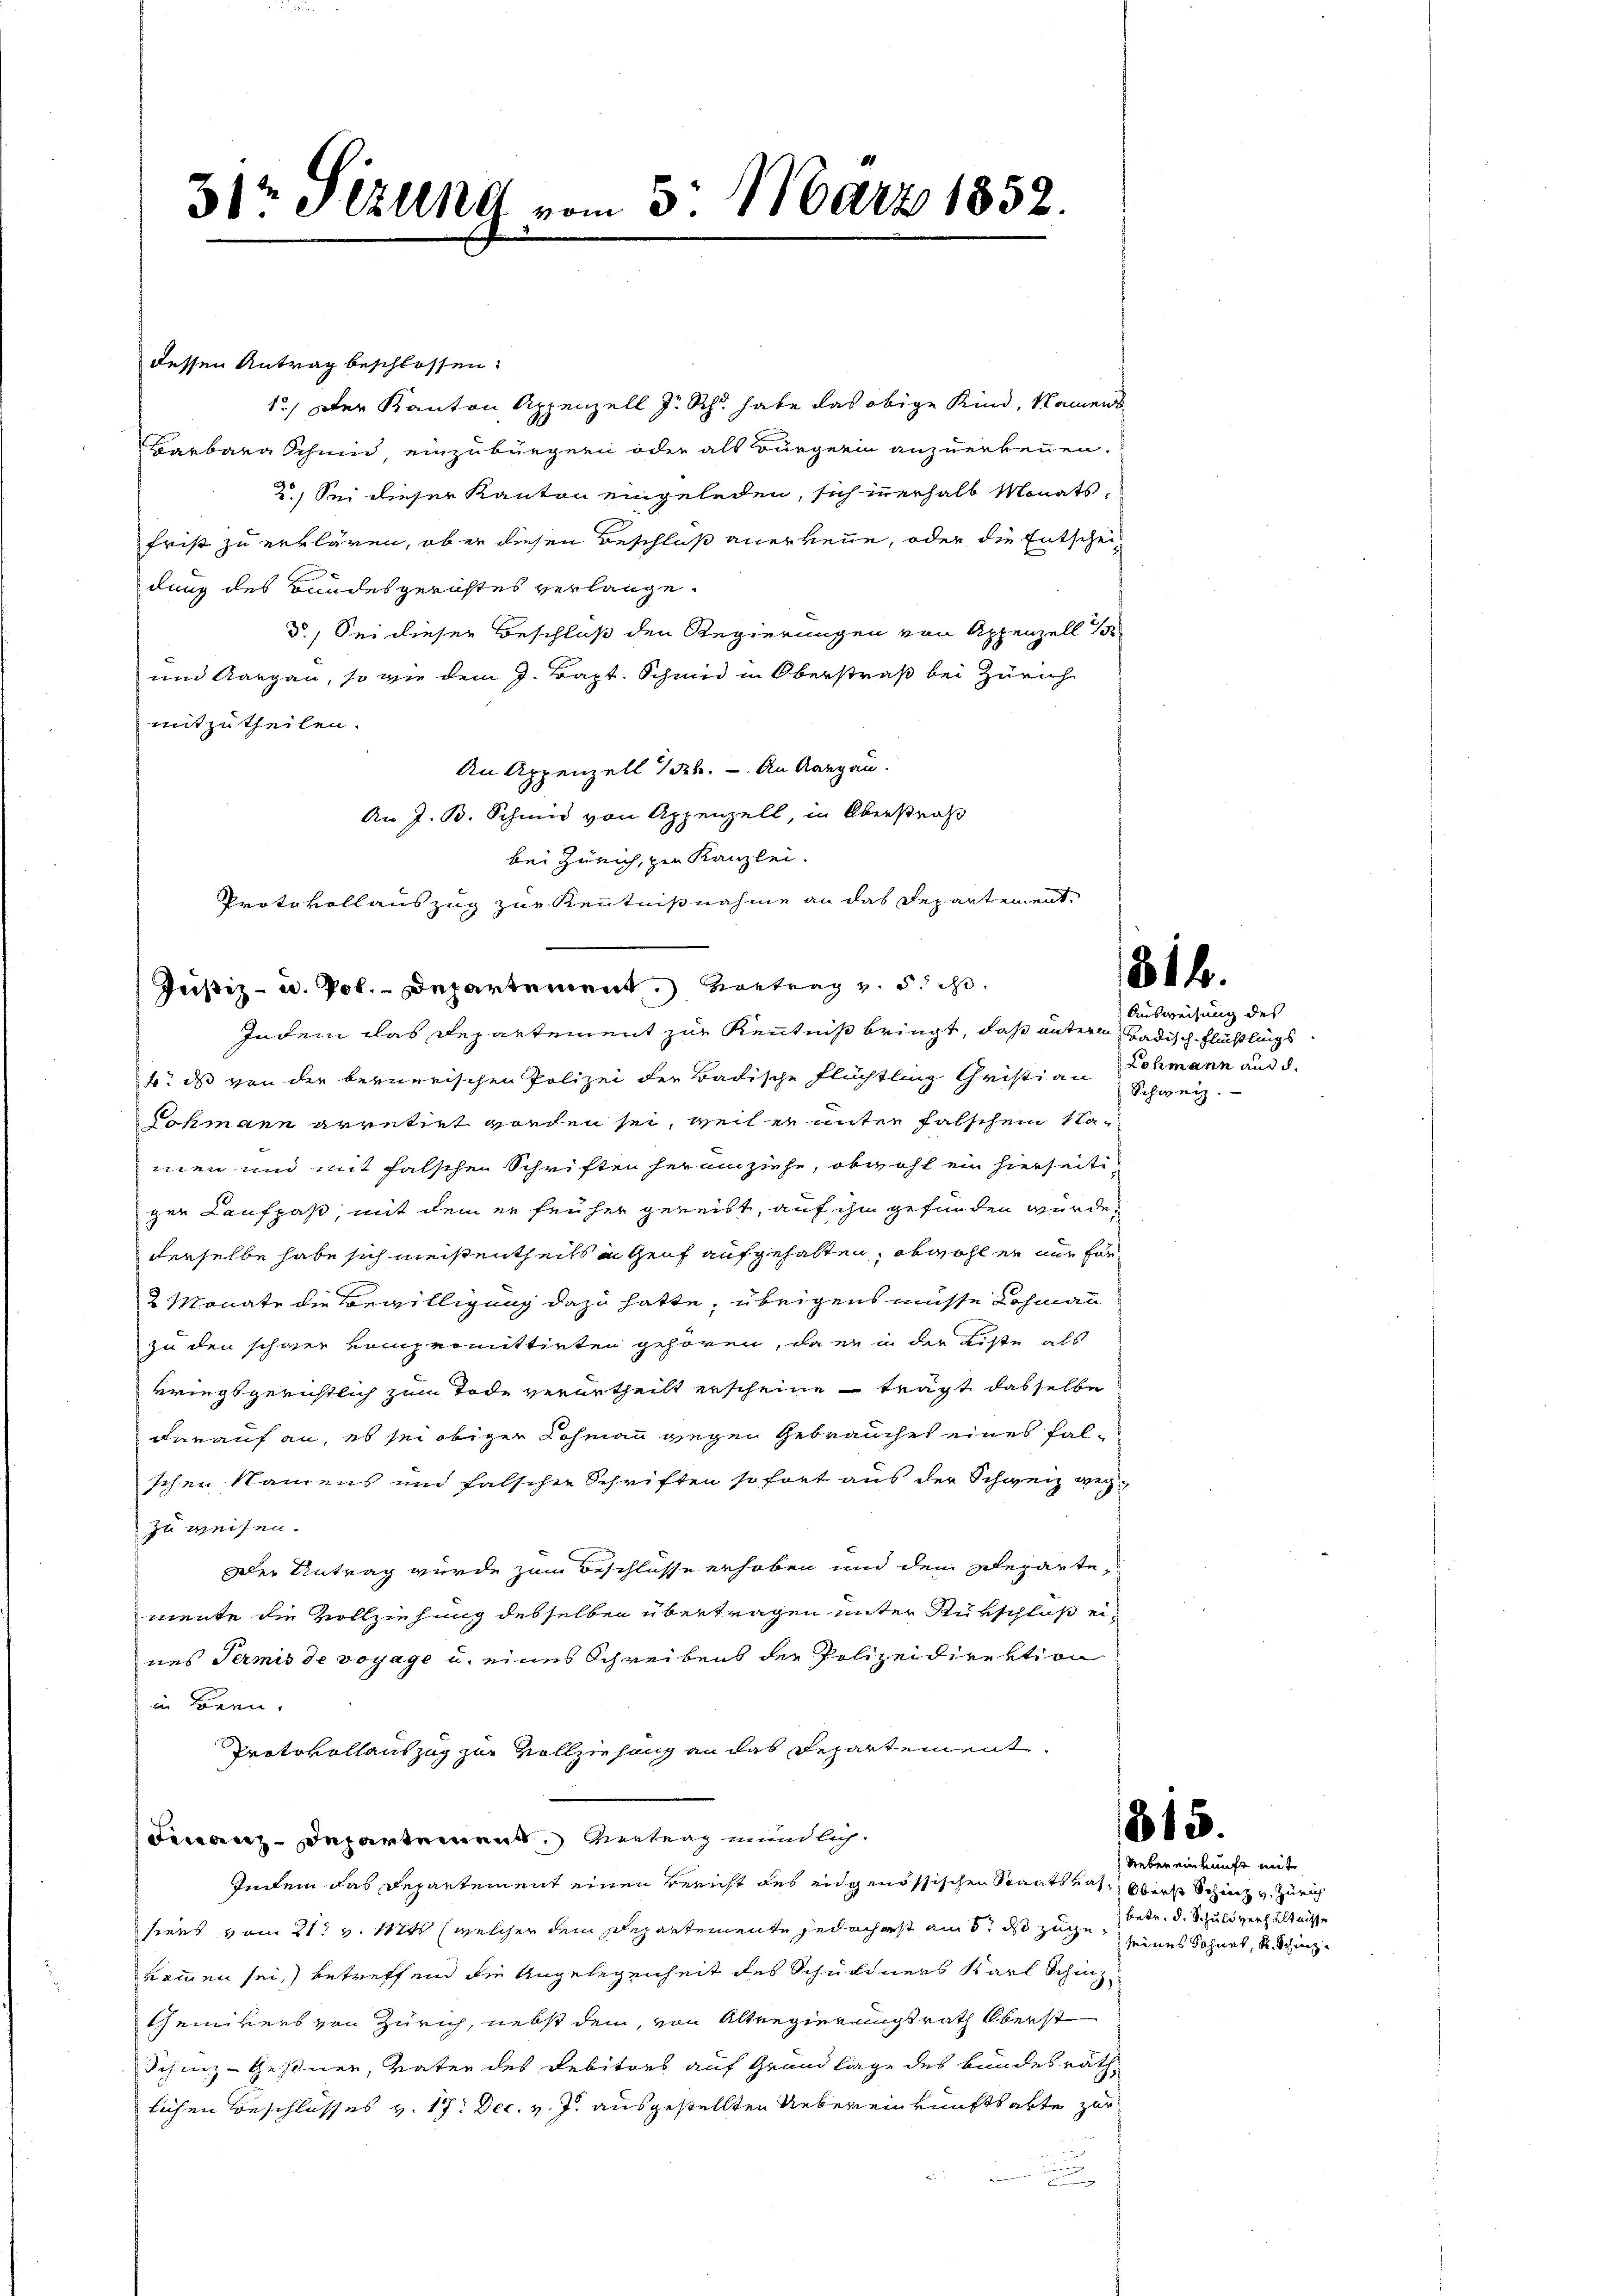
dessen Antrag beschlossen:
1.) Der Kanton Appenzell zu Sch. habe das obige Kind, Namens
Barbara Schmid einzubürgern oder als Bürgerin anzuerkennen.
2.) Sei dieser Kanton eingelegen, sich innerhalb Monats,
frist zu erklären, ob er diesen Beschluß anerkenne, oder die Entschei-
dung des Bundesgerichtes verlange.
3.) Sei dieser Beschluß den Regierungen von Appenzell 1
und Aargau, so wie dem J. Bapt. Schmid in Oberstraß bei Zürich
mitzutheilen.
An Appenzell 1 Frk. - An Aargau.
An J. B. Schmid von Appenzell, in Oberstraß
bei Zürich, zur Kanzlei.
Protokollauszug zur Kenntnißnahme an das Departement
Justiz- u. Pol. - Departement. Vortrag v. 5. is

31r Geld vom 5. März 1852.

Indem das Departement zur Kenntniß bringt, daß untern Badisch-Flüchtlings
b. das von der bernerischen Polizei der Badische Flüchtling Christian Schmann und d.
Tokmann arretirt worden sei, weil er unter falschem Naien und mit falschen Schriften heranziehe, obwohl ein hierseitiger Laufpaß, mit dem er früher gereibt, auf ihm gefunden würde,
derselbe habe sich meistentheils in Genf aufgehalten, obwohl er nur För¬
2 Monate die Bewilligung dazu hatte, übrigens müsse Lohmann
zu den schwer vompromittirten gehören, da er in der Liste als
kriegsgerichtlich zum Tode verurtheilt erscheine trägt dasselbe
darauf an, es sei obiger Rohmann gegen Gebrauches eines falschen Namens und falscher Schriften sofort aus der Schweiz weg-
zu weisen.
Der Antrag wurde zum Beschlüsse erhoben und dem Departemente die Vollziehung desselben übertragen unter Rükschluß eines Termis de voyage u. eines Schreibens der Polizeidirektion
in Bern.
Protokollauszug zur Vollziehung an das Departement.
Dizdepartement Vertrag mündlich
Indem das Departement einen Bericht des eidgenössischen Staatsrat, Oberst Schinz v. Zürich
siens vom 21. v. Mts (welcher dem Departemente jedoch erst am 8t ds zuge seines Sohnet, S. Schinz
nommen sei, betreffend die Angelegenheit des Schuldners Karl Schinz
Chemikers von Zürich, nebst dem, von Altregierungsrath Oberst
Schinz-Gestner, Vater des Debitors auf Grundlage des Bundesrath,
lichen Beschlosses v. 17. Dec. v. J. ausgestellten Uebereinkunftsakte zur

814.

Ausweisung des
Schweiz.

815.

Neben einkunft mit
betr. d. Schuldverhältnisse